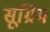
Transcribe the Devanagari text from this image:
सूग्रिम